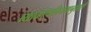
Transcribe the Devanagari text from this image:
व्याकरणनियमानुसारी